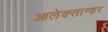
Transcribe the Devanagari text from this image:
आलेक्सान्डर